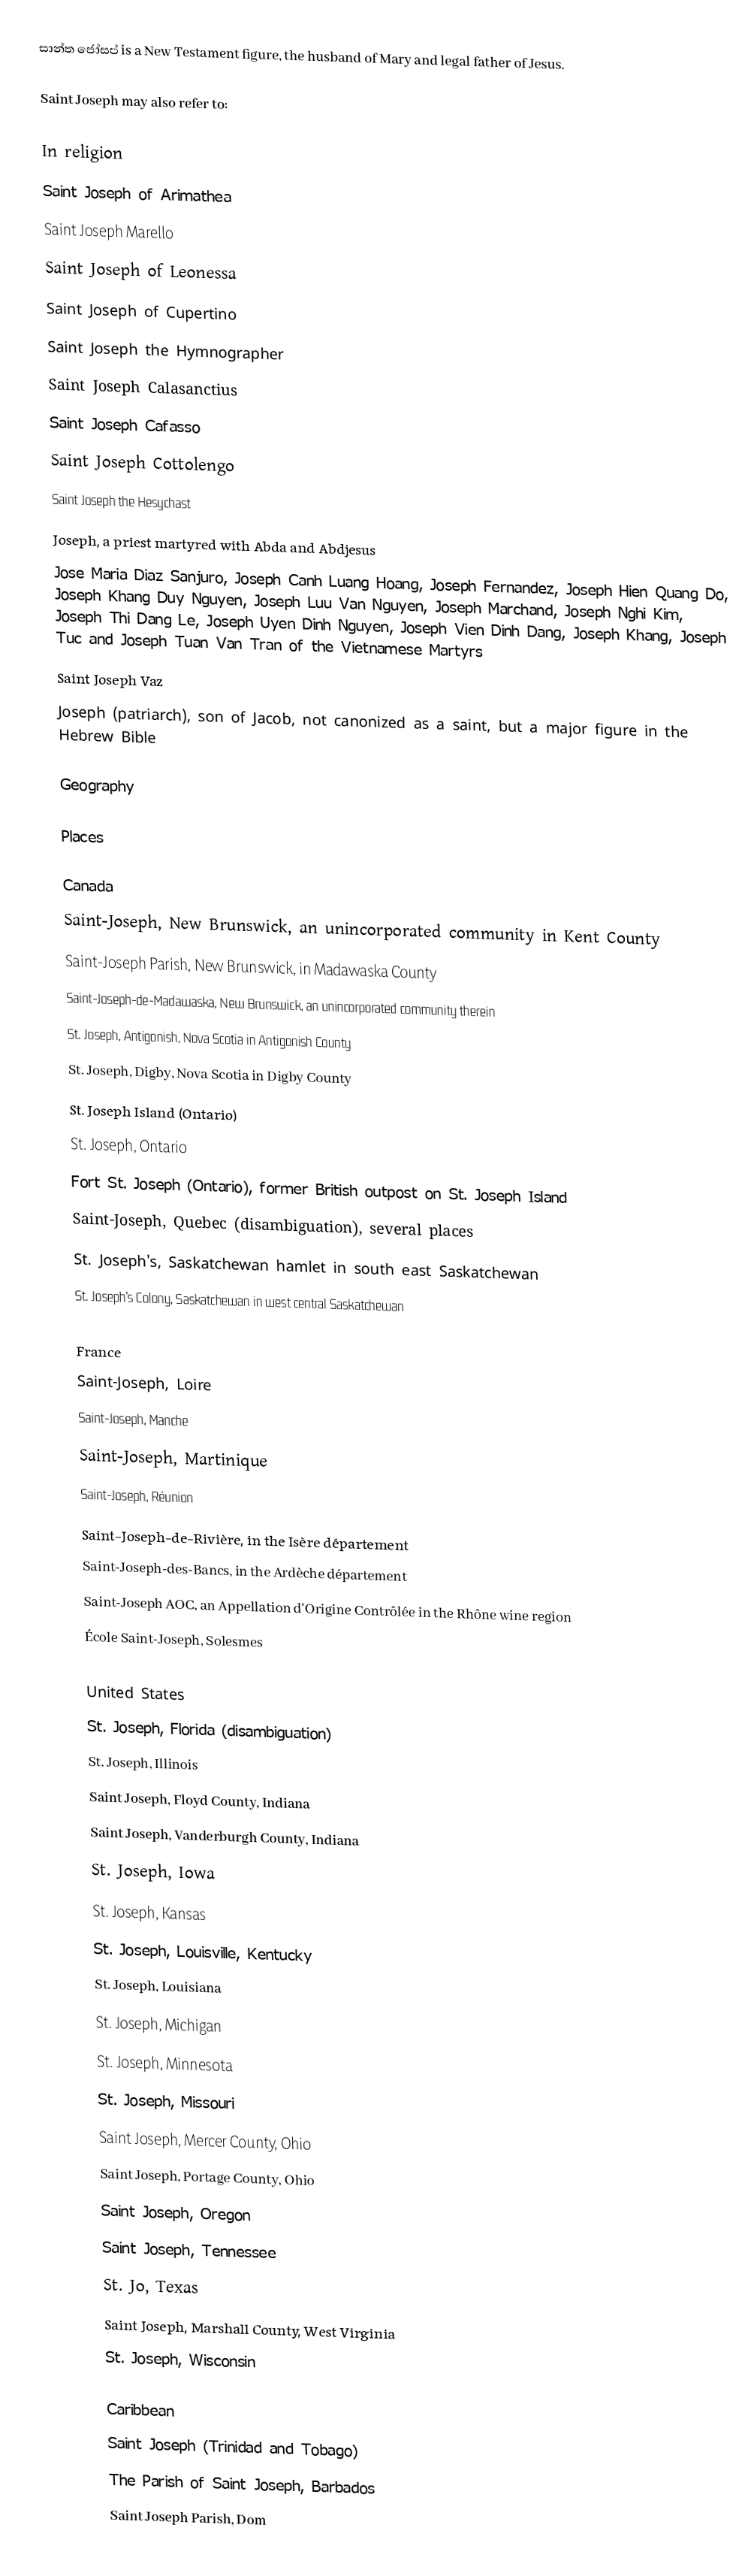
සාන්ත ජෝසප් is a New Testament figure, the husband of Mary and legal father of Jesus.

Saint Joseph may also refer to:

In religion
Saint Joseph of Arimathea
Saint Joseph Marello
Saint Joseph of Leonessa
Saint Joseph of Cupertino
Saint Joseph the Hymnographer
Saint Joseph Calasanctius
Saint Joseph Cafasso
Saint Joseph Cottolengo
Saint Joseph the Hesychast
Joseph, a priest martyred with Abda and Abdjesus
 Jose Maria Diaz Sanjuro, Joseph Canh Luang Hoang, Joseph Fernandez, Joseph Hien Quang Do, Joseph Khang Duy Nguyen, Joseph Luu Van Nguyen, Joseph Marchand, Joseph Nghi Kim, Joseph Thi Dang Le, Joseph Uyen Dinh Nguyen, Joseph Vien Dinh Dang, Joseph Khang, Joseph Tuc and Joseph Tuan Van Tran of the Vietnamese Martyrs
 Saint Joseph Vaz
Joseph (patriarch), son of Jacob, not canonized as a saint, but a major figure in the Hebrew Bible

Geography

Places

Canada
 Saint-Joseph, New Brunswick, an unincorporated community in Kent County
 Saint-Joseph Parish, New Brunswick, in Madawaska County
 Saint-Joseph-de-Madawaska, New Brunswick, an unincorporated community therein
 St. Joseph, Antigonish, Nova Scotia in Antigonish County
 St. Joseph, Digby, Nova Scotia in Digby County
St. Joseph Island (Ontario)
St. Joseph, Ontario
Fort St. Joseph (Ontario), former British outpost on St. Joseph Island
Saint-Joseph, Quebec (disambiguation), several places
St. Joseph's, Saskatchewan hamlet in south east Saskatchewan
St. Joseph's Colony, Saskatchewan in west central Saskatchewan

France
 Saint-Joseph, Loire
 Saint-Joseph, Manche
 Saint-Joseph, Martinique
 Saint-Joseph, Réunion
 Saint-Joseph-de-Rivière, in the Isère département
 Saint-Joseph-des-Bancs, in the Ardèche département
 Saint-Joseph AOC, an Appellation d'Origine Contrôlée in the Rhône wine region
École Saint-Joseph, Solesmes

United States
St. Joseph, Florida (disambiguation)
St. Joseph, Illinois
Saint Joseph, Floyd County, Indiana
Saint Joseph, Vanderburgh County, Indiana
St. Joseph, Iowa
St. Joseph, Kansas
St. Joseph, Louisville, Kentucky
St. Joseph, Louisiana
St. Joseph, Michigan
St. Joseph, Minnesota
St. Joseph, Missouri
Saint Joseph, Mercer County, Ohio
Saint Joseph, Portage County, Ohio
Saint Joseph, Oregon
Saint Joseph, Tennessee
St. Jo, Texas
Saint Joseph, Marshall County, West Virginia
St. Joseph, Wisconsin

Caribbean
Saint Joseph (Trinidad and Tobago)
The Parish of Saint Joseph, Barbados
Saint Joseph Parish, Dom